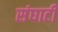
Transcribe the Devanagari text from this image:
संघाटी